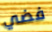
فضي